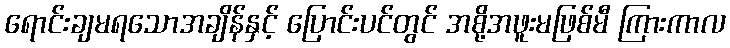
ရောင်းချမရသောအချိန်နှင့် ပြောင်းပင်တွင် အစို့အဖူးမဖြစ်မီ ကြားကာလ